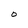
Character: O